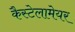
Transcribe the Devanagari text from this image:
कैस्टेलामेयर